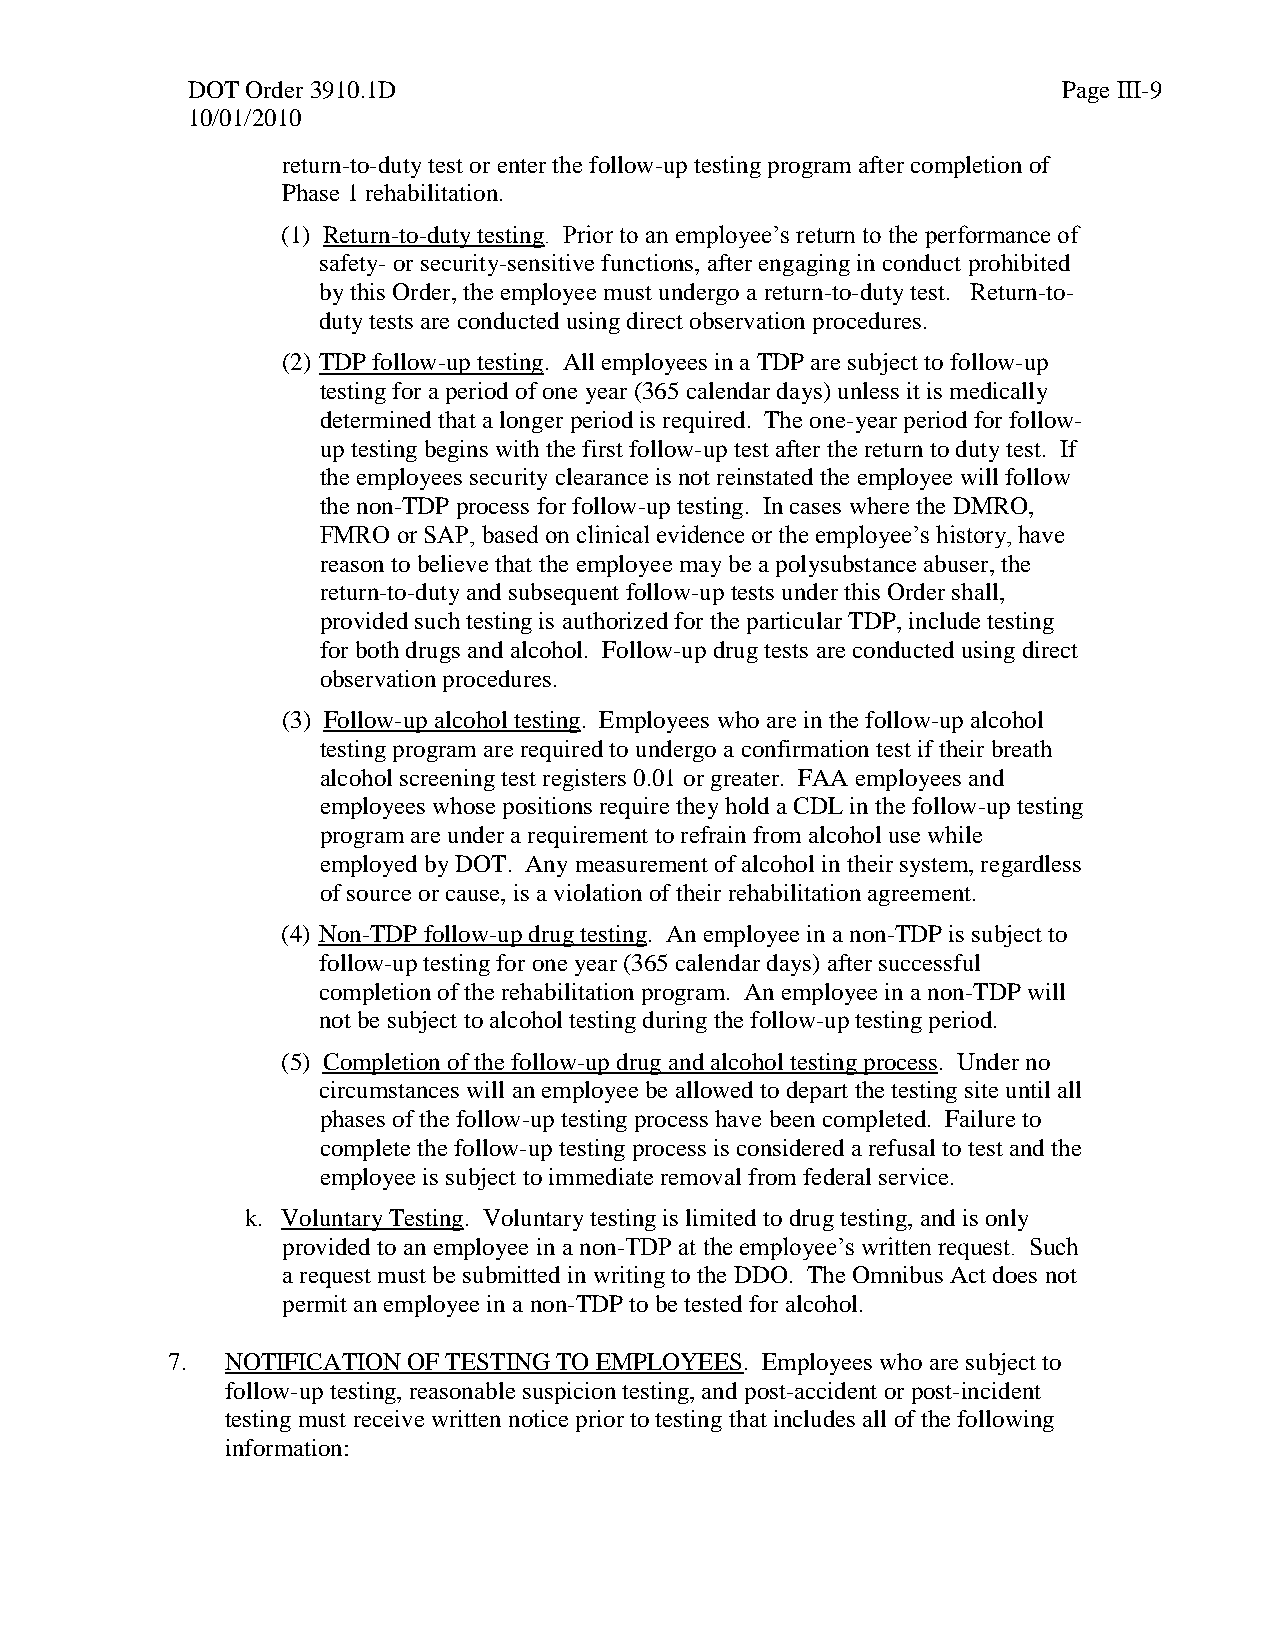
DOT Order 3910.1D                                         Page III-9
 10/01/2010
 return-to-duty test or enter the follow-up testing program after completion of
 Phase 1 rehabilitation.
 (1) Return-to-duty testing. Prior to an employee’s return to the performance of
 safety- or security-sensitive functions, after engaging in conduct prohibited
 by this Order, the employee must undergo a return-to-duty test. Return-to-
 duty tests are conducted using direct observation procedures.
 (2) TDP follow-up testing. All employees in a TDP are subject to follow-up
 testing for a period of one year (365 calendar days) unless it is medically
 determined that a longer period is required. The one-year period for follow-
 up testing begins with the first follow-up test after the return to duty test. If
 the employees security clearance is not reinstated the employee will follow
 the non-TDP process for follow-up testing. In cases where the DMRO,
 FMRO or SAP, based on clinical evidence or the employee’s history, have
 reason to believe that the employee may be a polysubstance abuser, the
 return-to-duty and subsequent follow-up tests under this Order shall,
 provided such testing is authorized for the particular TDP, include testing
 for both drugs and alcohol. Follow-up drug tests are conducted using direct
 observation procedures.
 (3) Follow-up alcohol testing. Employees who are in the follow-up alcohol
 testing program are required to undergo a confirmation test if their breath
 alcohol screening test registers 0.01 or greater. FAA employees and
 employees whose positions require they hold a CDL in the follow-up testing
 program are under a requirement to refrain from alcohol use while
 employed by DOT. Any measurement of alcohol in their system, regardless
 of source or cause, is a violation of their rehabilitation agreement.
 (4) Non-TDP follow-up drug testing. An employee in a non-TDP is subject to
 follow-up testing for one year (365 calendar days) after successful
 completion of the rehabilitation program. An employee in a non-TDP will
 not be subject to alcohol testing during the follow-up testing period.
 (5) Completion of the follow-up drug and alcohol testing process. Under no
 circumstances will an employee be allowed to depart the testing site until all
 phases of the follow-up testing process have been completed. Failure to
 complete the follow-up testing process is considered a refusal to test and the
 employee is subject to immediate removal from federal service.
 k. Voluntary Testing. Voluntary testing is limited to drug testing, and is only
 provided to an employee in a non-TDP at the employee’s written request. Such
 a request must be submitted in writing to the DDO. The Omnibus Act does not
 permit an employee in a non-TDP to be tested for alcohol.
 7.  NOTIFICATION OF TESTING TO EMPLOYEES. Employees who are subject to
 follow-up testing, reasonable suspicion testing, and post-accident or post-incident
 testing must receive written notice prior to testing that includes all of the following
 information: